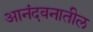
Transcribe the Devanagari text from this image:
आनंदवनातील